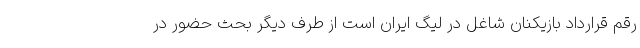
رقم قرارداد بازیکنان شاغل در لیگ ایران است از طرف دیگر بحث حضور در